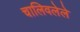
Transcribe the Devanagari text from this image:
चालिवलेले